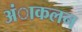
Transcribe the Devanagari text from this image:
अंाकलन